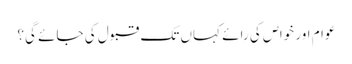
عوام اور خواص کی رائے کہاں تک قبول کی جائے گی؟